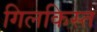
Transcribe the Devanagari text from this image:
गिलकिस्त